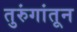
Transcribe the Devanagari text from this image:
तुरुंगांतून